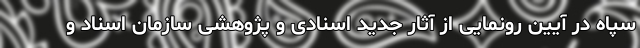
سپاه در آیین رونمایی از آثار جدید اسنادی و پژوهشی سازمان اسناد و